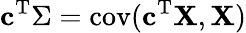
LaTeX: \mathbf{c}^{\mathrm{{T}}}\Sigma=\operatorname{cov}(\mathbf{c}^{\mathrm{{T}}}\mathbf{X},\mathbf{X})